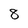
Character: 8